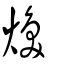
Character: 煥